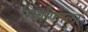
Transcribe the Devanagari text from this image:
निर्वाणाला